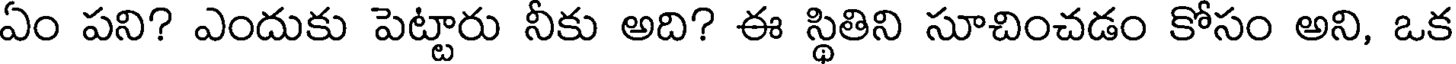
ఏం పని? ఎందుకు పెట్టారు నీకు అది? ఈ స్థితిని సూచించడం కోసం అని, ఒక